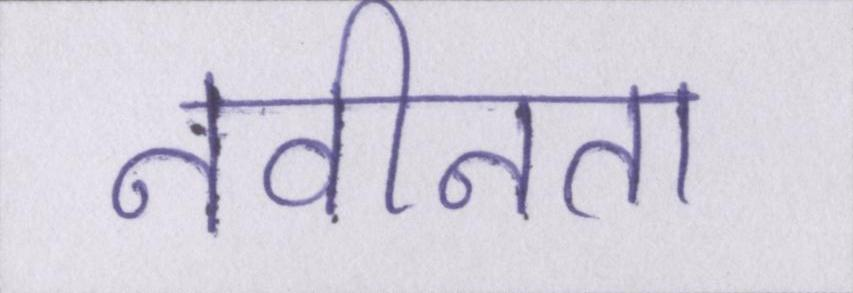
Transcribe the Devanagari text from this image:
नवीनता